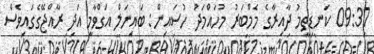
09:37 ކަނޑިތީމު ދާއިރާގެ މެމްބަރު މުހައްމަދު ހުސައިން: ބައިނަލް އަގްވާމީ އަދި ރާއްޖޭގެގައިވެސް